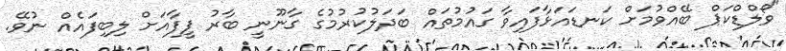
"ވޯލްޑްކަޕް ބޭއްވުމަށް ކަނޑައަޅާފައިވާ ގައުމުތައް ބަދަލުކުރުމުގެ ގާނޫނީ ބާރު ފީފާއަށް ލިބިފައެއް ނުވޭ.